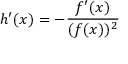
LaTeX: h ^ { \prime } ( x ) = - { \frac { f ^ { \prime } ( x ) } { ( f ( x ) ) ^ { 2 } } }